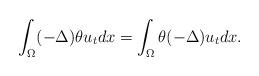
LaTeX: \begin{align*}\displaystyle\int_\Omega(-\Delta)\theta u_t dx = \displaystyle\int_\Omega \theta(-\Delta)u_t dx.\end{align*}